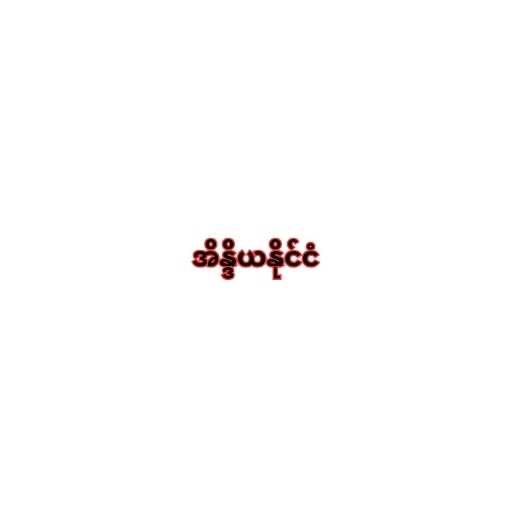
အိန္ဒိယနိုင်ငံ